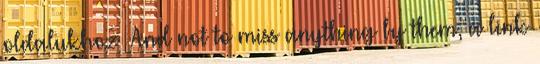
oldalukhoz And not to miss anything by them, a link